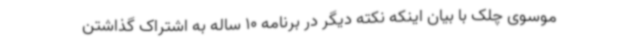
موسوی چلک با بیان اینکه نکته دیگر در برنامه 10 ساله به اشتراک گذاشتن